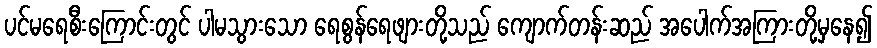
ပင်မရေစီးကြောင်းတွင် ပါမသွားသော ရေစွန်ရေဖျားတို့သည် ကျောက်တန်းဆည် အပေါက်အကြားတို့မှနေ၍